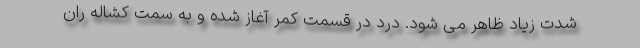
شدت زیاد ظاهر می شود. درد در قسمت کمر آغاز شده و به سمت کشاله ران